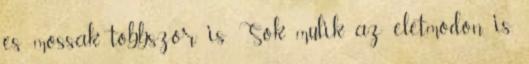
es mossak tobbszor is. Sok mulik az eletmodon is.